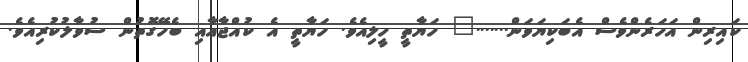
ކައިރިން އަހަރެންވެސް އެބަކިޔަވަން......." ހަޔާތީ ހީލިއެވެ. ހަޔާތީ އެ ކުއްޖާއާއި ބެހޭގޮތުން ސުވާލުކުރިއެވެ.